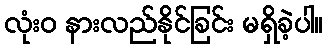
လုံးဝ နားလည်နိုင်ခြင်း မရှိခဲ့ပါ။